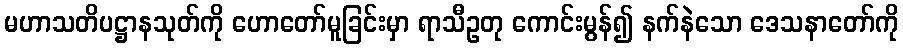
မဟာသတိပဋ္ဌာနသုတ်ကို ဟောတော်မူခြင်းမှာ ရာသီဥတု ကောင်းမွန်၍ နက်နဲသော ဒေသနာတော်ကို